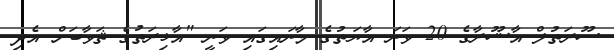
ސޫރަތުލް އާޝޫރާގެ 20 ވަނަ އާޔަތުގެ މާނައިގައި ވަނީ "އާޚިރަތުގެ ޘަވާބަށް އެދި